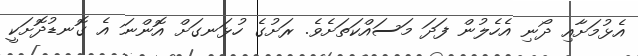
އެޅުމަށާއި ދޯނި އެހެލުން ފަދަ މަސައްކަތަށެވެ. ރަށުގެ ހުޅަނގަށް އޮންނަ އެ ގޮނޑުދޮށަކީ